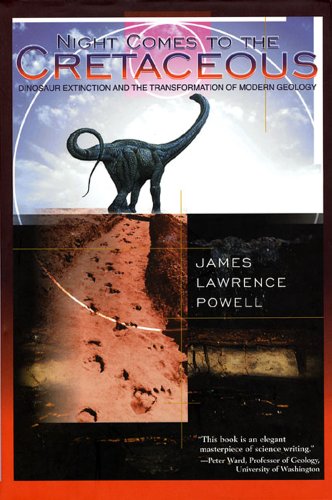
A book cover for Night Comes to the Cretaceous: Dinosaur Extinction and the Transformation of Modern Geology; James Lawrence Powell; Science & Math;